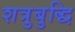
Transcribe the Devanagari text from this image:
शत्रुबुद्धि